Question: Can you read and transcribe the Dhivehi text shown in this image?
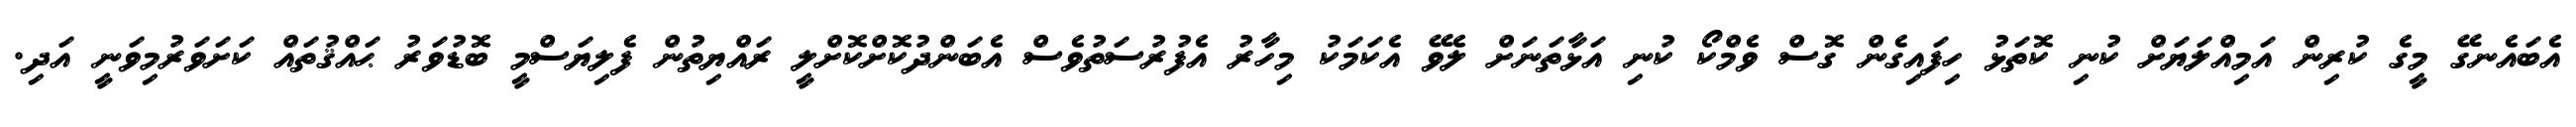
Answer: އެބައެނގޭ މީގެ ކުރިން އަމިއްލަޔަށް ކުނި ކޮތަޅު ހިފައިގެން ގޮސް ވެމްކޯ ކުނި އަޅާތަނަށް ލެވޭ އެކަމަކު މިހާރު އެފުރުސަތުވެސް އެބަންދުކޮށްކޮށްލީ ރައްޔިތުން ފެލިޔަސްމީ ބޮޑުވަރު ޙައްޤުތައް ކަށަވަރުމިވަނީ އަދި.